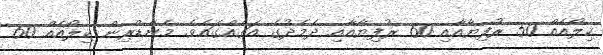
ކިލޯއެއް 50 ރުފިޔާއާއި 60 ރުފިޔާއާއި ދެމެދުގެ އަގެއްގައެވެ. މެންޑްރިން ކިލޯއެއް 60